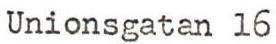
Unionsgatan l6